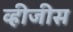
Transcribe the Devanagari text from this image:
व्हीजीस